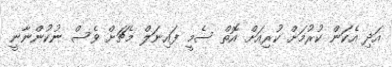
އަދި އެކަން ކުރުމަށް ކުރިއަށް އޮތް ސެމީ ފައިނަލް މެޗަށް ވެސް ނުކުންނާނީ